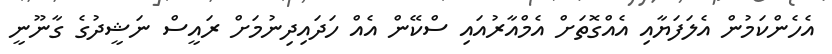
އެހެންކަމުން އެލަފަޔާއި އެއްގޮތަށް އެމްއާރުއައި ސްކޭން އެއް ހަދައިދިނުމަށް ރައީސް ނަޝީދުގެ ގާނޫނީ